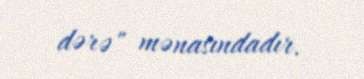
dərə" mənasındadır.